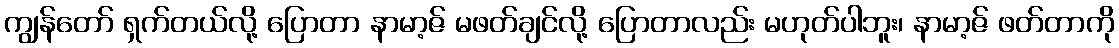
ကျွန်တော် ရှက်တယ်လို့ ပြောတာ နာမာ့ဇ် မဖတ်ချင်လို့ ပြောတာလည်း မဟုတ်ပါဘူး၊ နာမာ့ဇ် ဖတ်တာကို